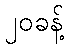
၂၀ခန့်